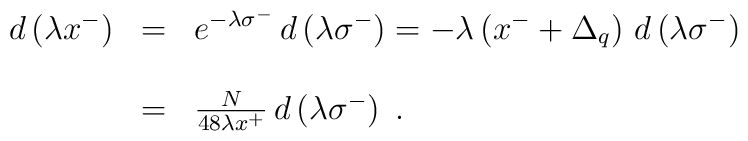
\begin{array}{lll}d\left(\lambda x^-\right)&=&e^{-\lambda\sigma^-}\,d\left(\lambda\sigma^-\right)=-\lambda\left(x^-+\Delta_q\right)\,d\left(\lambda\sigma^-\right)\\\\&=&{N\over{48\lambda x^+}}\,d\left(\lambda\sigma^-\right)\;.\end{array}